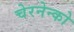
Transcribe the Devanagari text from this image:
चेरनेन्को